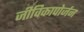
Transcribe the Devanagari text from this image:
जीविकापोर्जन